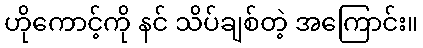
ဟိုကောင့်ကို နင် သိပ်ချစ်တဲ့ အကြောင်း။